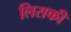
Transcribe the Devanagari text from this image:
लिसकी